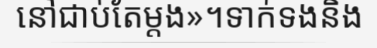
នៅជាប់តែម្តង»។ទាក់ទងនិង